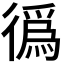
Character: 𢕷